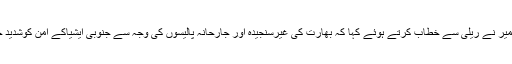
وزیراعظم آزادکشمیر نے ریلی سے خطاب کرتے ہوئے کہا کہ بھارت کی غیرسنجیدہ اور جارحانہ پالیسوں کی وجہ سے جنوبی ایشیاکے امن کوشدید خطرات لاحق ہیں۔